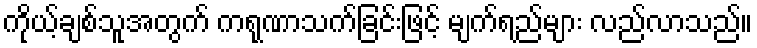
ကိုယ့်ချစ်သူအတွက် ကရုဏာသက်ခြင်းဖြင့် မျက်ရည်များ လည်လာသည်။